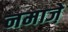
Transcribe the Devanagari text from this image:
नमाजे़